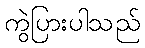
ကွဲပြားပါသည်